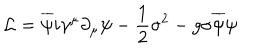
{ \cal L } = \overline { { { \psi } } } i \gamma ^ { \mu } \partial _ { \mu } \psi - \frac { 1 } { 2 } { \sigma } ^ { 2 } - g \sigma \overline { { { \psi } } } \psi